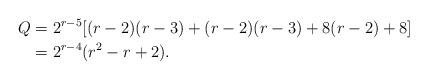
LaTeX: \begin{align*} Q &= 2^{r-5}[(r-2)(r-3) +(r-2)(r-3) + 8(r-2) +8]\\ &=2^{r-4}(r^2-r+2). \end{align*}